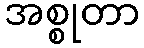
အစ္စုတာ